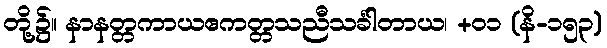
တို့၌။ နာနတ္တကာယဧကတ္တသညီသင်္ခါတာယ၊ +၀၁ (နိ-၁၅၃)